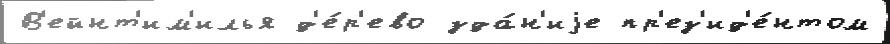
В'ейнт'им'илья д'е́р'ево зда́н'иjе пр'ез'ид'е́нтом